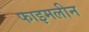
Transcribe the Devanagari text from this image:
फाइमलीन